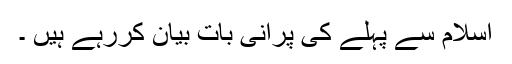
اسلام سے پہلے کی پرانی بات بیان کررہے ہیں ۔